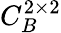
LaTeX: C_{B}^{2\times 2}